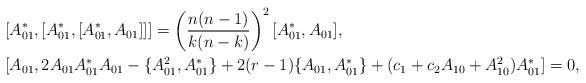
LaTeX: \begin{align*} &[A^*_{01}, [A^*_{01}, [A^*_{01}, A_{01}]]] = \left(\frac{n(n-1)}{k(n-k)}\right)^2[A^*_{01}, A_{01}], \\ &[A_{01}, 2A_{01}A^*_{01}A_{01} - \{A_{01}^2,A^*_{01}\} + 2(r-1)\{A_{01},A^*_{01}\} +(c_1+c_2A_{10}+A_{10}^2)A^*_{01}]=0, \end{align*}